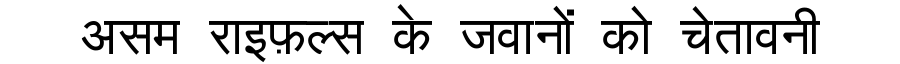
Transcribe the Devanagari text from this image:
असम राइफ़ल्स के जवानों को चेतावनी